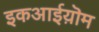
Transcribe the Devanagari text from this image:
इकआईय़ॊम